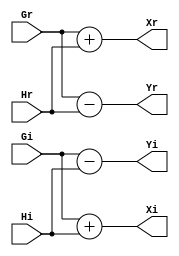
module BF (Gr,Gi,Hr,Hi,Xr,Xi,Yr,Yi);
parameter BW = 16;

input signed [BW-1:0] Gr,Gi,Hr,Hi;
output signed [BW:0] Xr,Xi,Yr,Yi;

assign Xr = Gr+Hr;
assign Xi = Gi+Hi;
assign Yr = Gr-Hr;
assign Yi = Gi-Hi;
//test
endmodule


// BF #(BW) BF_inst(signals...)